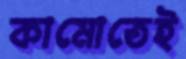
কামোতেই